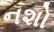
નશો